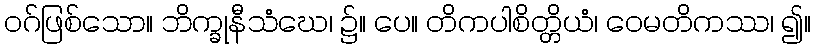
ဝဂ်ဖြစ်သော။ ဘိက္ခုနီသံဃေ၊ ၌။ ပေ။ တိကပါစိတ္တိယံ၊ ဝေမတိကဿ၊ ၍။